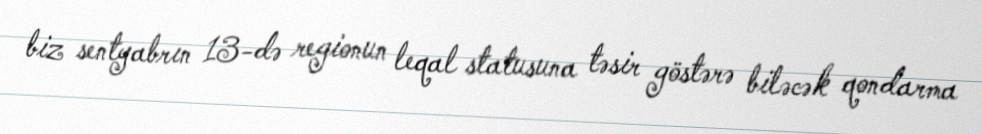
biz sentyabrın 13-də regionun leqal statusuna təsir göstərə biləcək qondarma